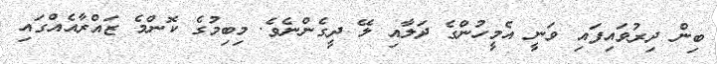
ބިން ދިރުވައިފައި ވަނީ އެމީހުންގެ ދަލާއި ލޭ ދީގެންނެވެ. މިބިމުގެ ކޮންމެ ޒައްރާއެއްގައި